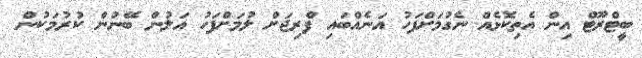
ބީޓްރޫޓް އިން އެތިކޮޅެއް ނެގުމަށްފަހު އަނެއްބައި ފްރިޖަށް ލުމަށްފަހު އަލުން ބޭނުން ކުރުމަކުން